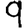
Digit: 9